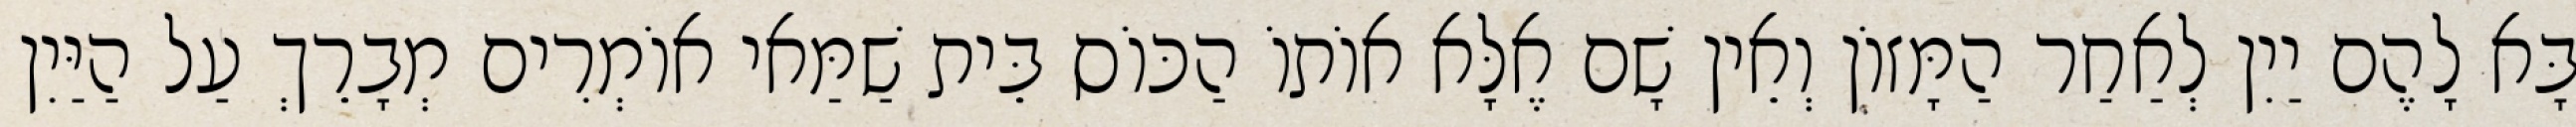
בָּא לָהֶם יַיִן לְאַחַר הַמָּזוֹן וְאֵין שָׁם אֶלָּא אוֹתוֹ הַכּוֹס בֵּית שַׁמַּאי אוֹמְרִים מְבָרֵךְ עַל הַיַּיִן